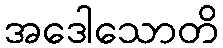
အဒေါသောတိ